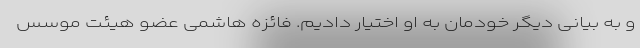
و به بیانی دیگر خودمان به او اختیار دادیم. فائزه هاشمی عضو هیئت موسس